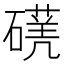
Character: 𥖈